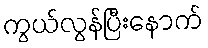
ကွယ်လွန်ပြီးနောက်